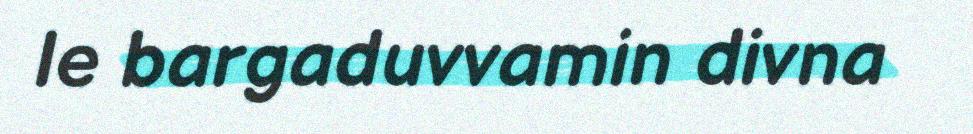
le bargaduvvamin divna